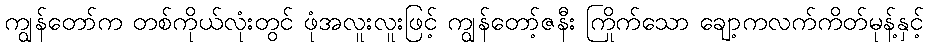
ကျွန်တော်က တစ်ကိုယ်လုံးတွင် ဖုံအလူးလူးဖြင့် ကျွန်တော့်ဇနီး ကြိုက်သော ချော့ကလက်ကိတ်မုန့်နှင့်